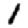
Digit: 1